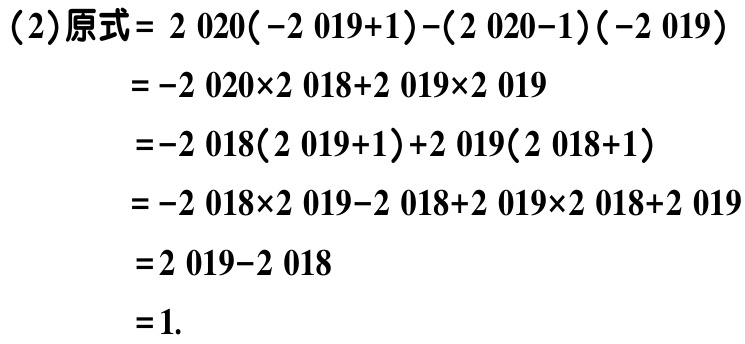
（2）原式$= 2020(-2019 + 1)-(2020 - 1)(-2019)$
$=-2020\times2018 + 2019\times2019$
$=-2018(2019 + 1)+2019(2018 + 1)$
$=-2018\times2019-2018 + 2019\times2018 + 2019$
$=2019 - 2018$
$=1$.